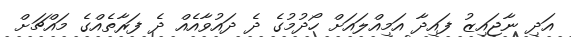
އަދި ނާޖައިޒު ފައިދާ އަމިއްލައަށް ހޯދުމުގެ ދެ ދައުވާއެއް ދެ ފަރާތެއްގެ މައްޗަށް